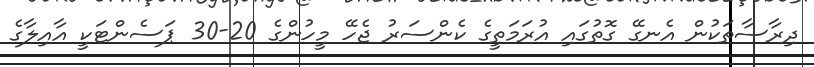
ދިރާސާތަކުން އެނގޭ ގޮތުގައި އުރަމަތީގެ ކެންސަރު ޖެހޭ މީހުންގެ 20-30 ޕަސެންޓަކީ އާއިލާގެ